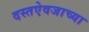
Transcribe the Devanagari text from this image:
दस्तऐवजाच्या